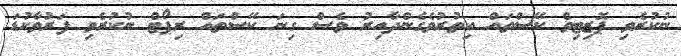
ނުކުރެވި ޕޮޒިޓިވް ކޭސްތައް އިތުރުވެގެންދާއިރު ވެސް ގިނަ ކޭސްތައް ރިޕޯޓް ނުކުރެވި ފަރުވާކުޑަ